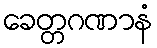
ခေတ္တဂဏာနံ